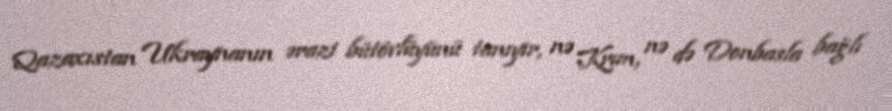
Qazaxıstan Ukraynanın ərazi bütövlüyünü tanıyır, nə Krım, nə də Donbasla bağlı